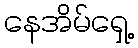
နေအိမ်ရှေ့